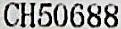
CH50688